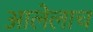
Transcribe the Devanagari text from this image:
आलेलाच